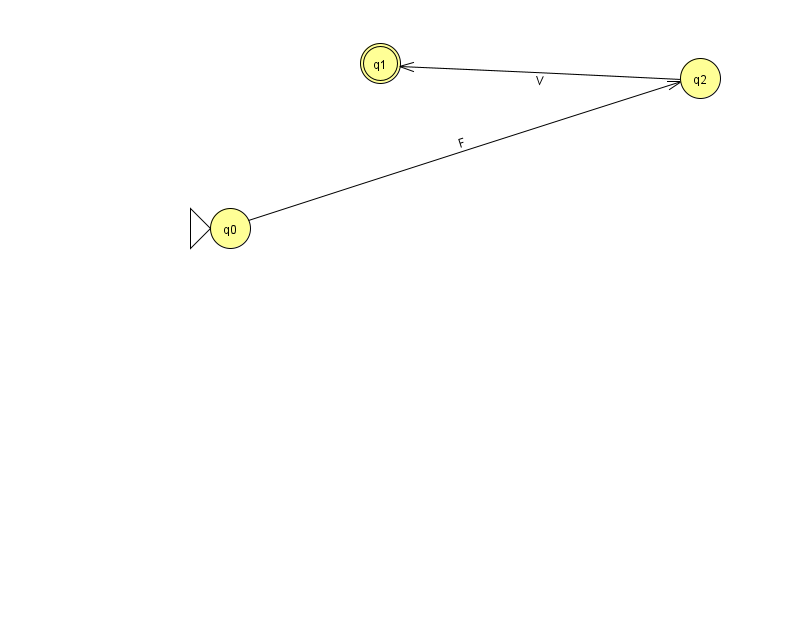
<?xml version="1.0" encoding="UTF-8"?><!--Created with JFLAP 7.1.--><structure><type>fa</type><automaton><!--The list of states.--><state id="0" name="q0"><x>230.0</x><y>215.0</y><initial/></state><state id="1" name="q1"><x>380.0</x><y>50.0</y><final/></state><state id="2" name="q2"><x>700.0</x><y>65.0</y></state><!--The list of transitions.--><transition><from>0</from><to>2</to><read>F</read></transition><transition><from>2</from><to>1</to><read>V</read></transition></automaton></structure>